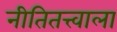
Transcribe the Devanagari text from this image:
नीतितत्त्वाला